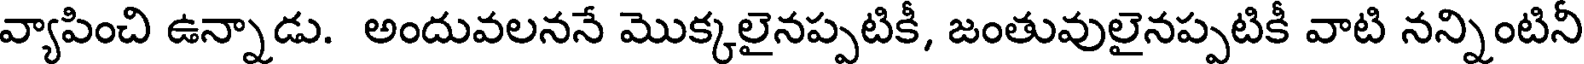
వ్యాపించి ఉన్నాడు. అందువలననే మొక్కలైనప్పటికీ, జంతువులైనప్పటికీ వాటి నన్నింటినీ